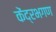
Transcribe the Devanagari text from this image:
केंद्रभगण